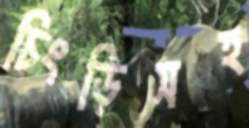
চিংড়িসহ